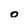
Character: o